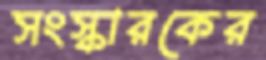
সংস্কারকের